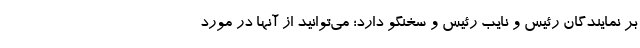
بر نمایندگان رئیس و نایب رئیس و سخنگو دارد؛ می‌توانید از آنها در مورد